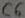
Text: C6